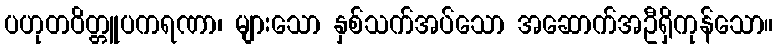
ပဟုတဝိတ္တူပကရဏာ၊ များသော နှစ်သက်အပ်သော အဆောက်အဦရှိကုန်သော။